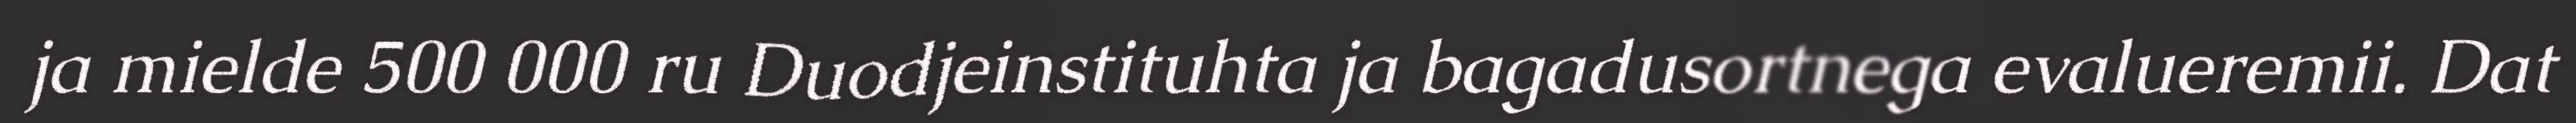
ja mielde 500 000 ru Duodjeinstituhta ja bagadusortnega evalueremii. Dat